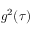
g ^ { 2 } ( \tau )